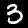
Label: 3